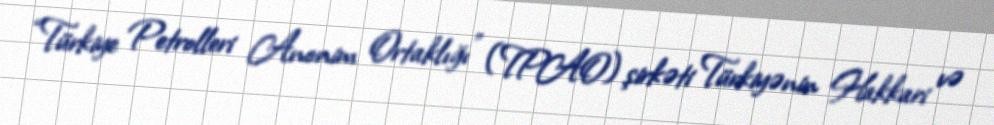
“Türkiye Petrolleri Anonim Ortaklığı” (TPAO) şirkəti Türkiyənin Hakkari və